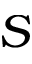
S